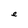
Character: e